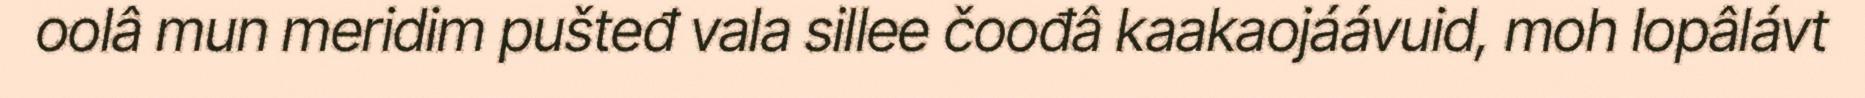
oolâ mun meridim pušteđ vala sillee čoođâ kaakaojáávuid, moh lopâlávt